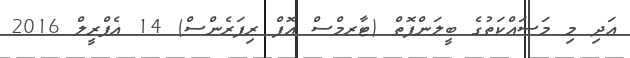
އަދި މި މަސައްކަތުގެ ބީލަންފޮތް (ޓާރމްސް އޮފް ރިފަރެންސް) 14 އެޕްރީލް 2016